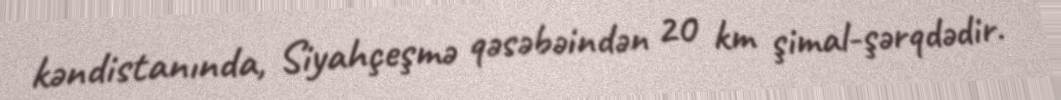
kəndistanında, Siyahçeşmə qəsəbəindən 20 km şimal-şərqdədir.